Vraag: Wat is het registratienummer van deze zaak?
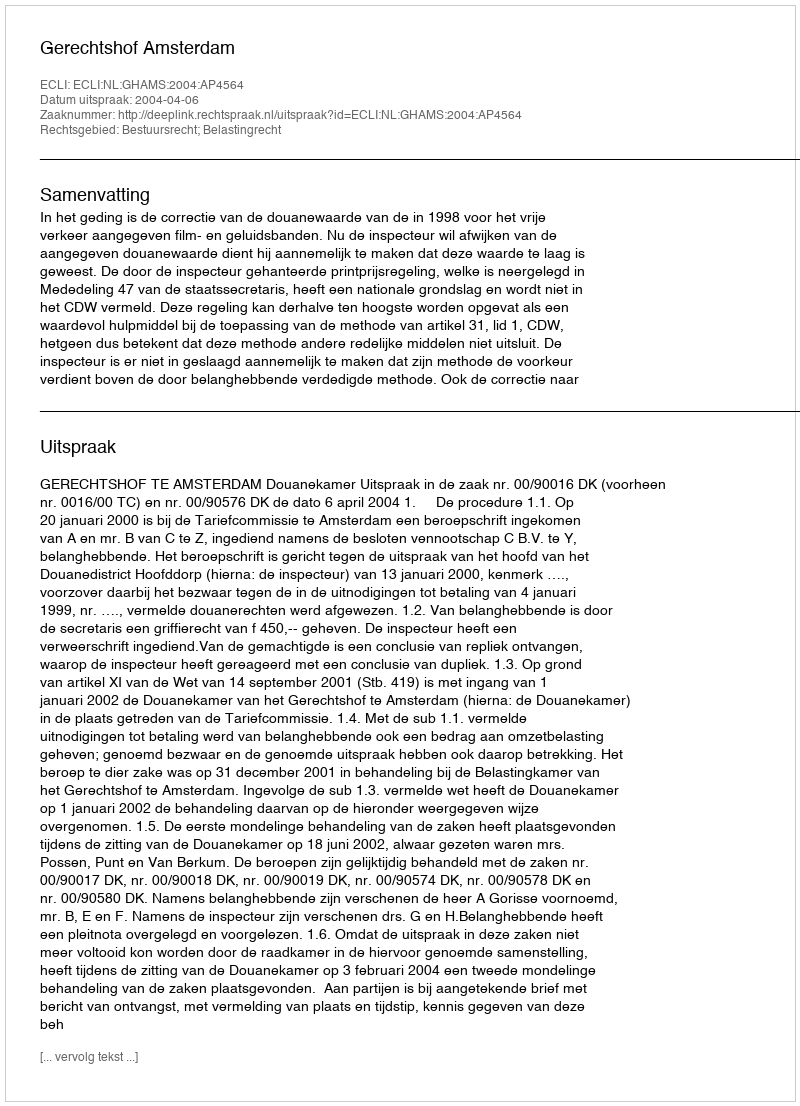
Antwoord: http://deeplink.rechtspraak.nl/uitspraak?id=ECLI:NL:GHAMS:2004:AP4564